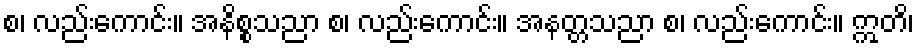
စ၊ လည်းကောင်း။ အနိစ္စသညာ စ၊ လည်းကောင်း။ အနတ္တသညာ စ၊ လည်းကောင်း။ ဣတိ၊